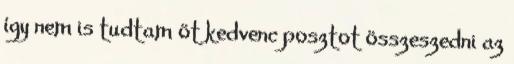
így nem is tudtam öt kedvenc posztot összeszedni az